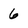
Character: 6